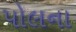
પોલના